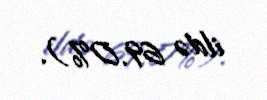
ildə 69.0%).